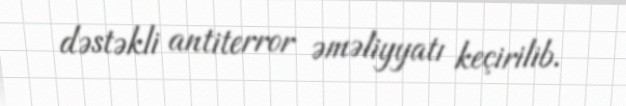
dəstəkli antiterror əməliyyatı keçirilib.